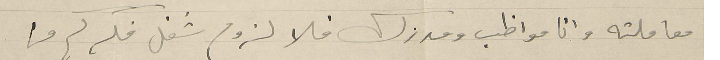
معاملته وانا مواظب ومدزك فلا لزوم شغل فكركم من